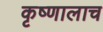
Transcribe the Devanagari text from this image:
कृष्णालाच